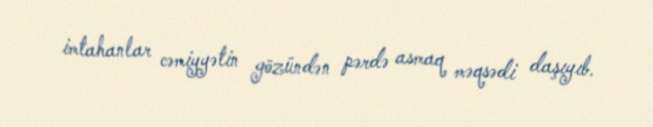
imtahanlar cəmiyyətin gözündən pərdə asmaq məqsədi daşıyıb.